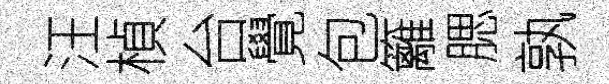
汪楨台覺包籬腮孰